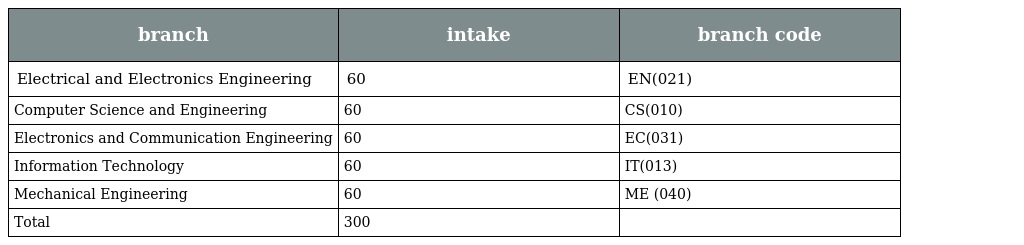
| branch | intake | branch code |
 | --- | --- | --- |
 | Electrical and Electronics Engineering | 60 | EN(021) |
 | Computer Science and Engineering | 60 | CS(010) |
 | Electronics and Communication Engineering | 60 | EC(031) |
 | Information Technology | 60 | IT(013) |
 | Mechanical Engineering | 60 | ME (040) |
 | Total | 300 |  |